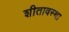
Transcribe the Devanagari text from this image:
शीतावस्था